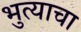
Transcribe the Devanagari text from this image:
भुत्याचा